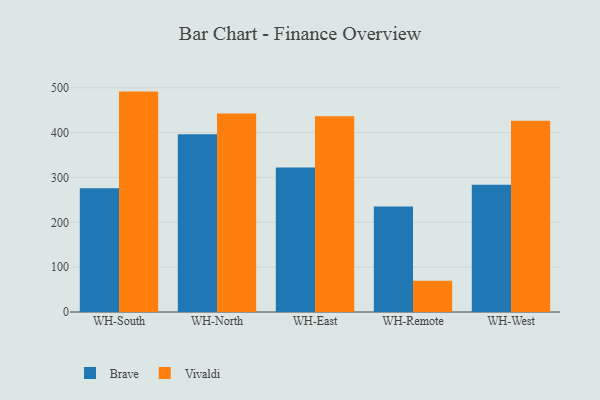
{"axis": {"x": "Warehouse", "y": "Population (Million)"}, "legend": ["Brave", "Vivaldi"], "data": [{"x": "WH-South", "y": 276.0, "type": "Brave"}, {"x": "WH-South", "y": 491.5, "type": "Vivaldi"}, {"x": "WH-North", "y": 396.4, "type": "Brave"}, {"x": "WH-North", "y": 442.5, "type": "Vivaldi"}, {"x": "WH-East", "y": 322.2, "type": "Brave"}, {"x": "WH-East", "y": 436.4, "type": "Vivaldi"}, {"x": "WH-Remote", "y": 235.5, "type": "Brave"}, {"x": "WH-Remote", "y": 69.6, "type": "Vivaldi"}, {"x": "WH-West", "y": 283.9, "type": "Brave"}, {"x": "WH-West", "y": 426.4, "type": "Vivaldi"}]}